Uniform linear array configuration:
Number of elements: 12
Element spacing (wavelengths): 0.75
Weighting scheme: uniform
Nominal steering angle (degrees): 15
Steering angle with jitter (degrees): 16.557
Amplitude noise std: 0.05
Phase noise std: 0.05

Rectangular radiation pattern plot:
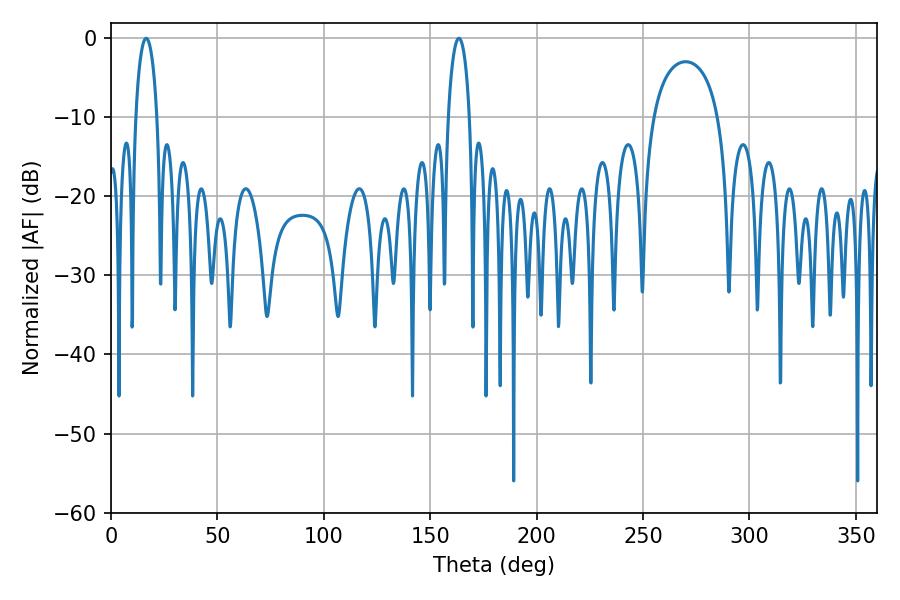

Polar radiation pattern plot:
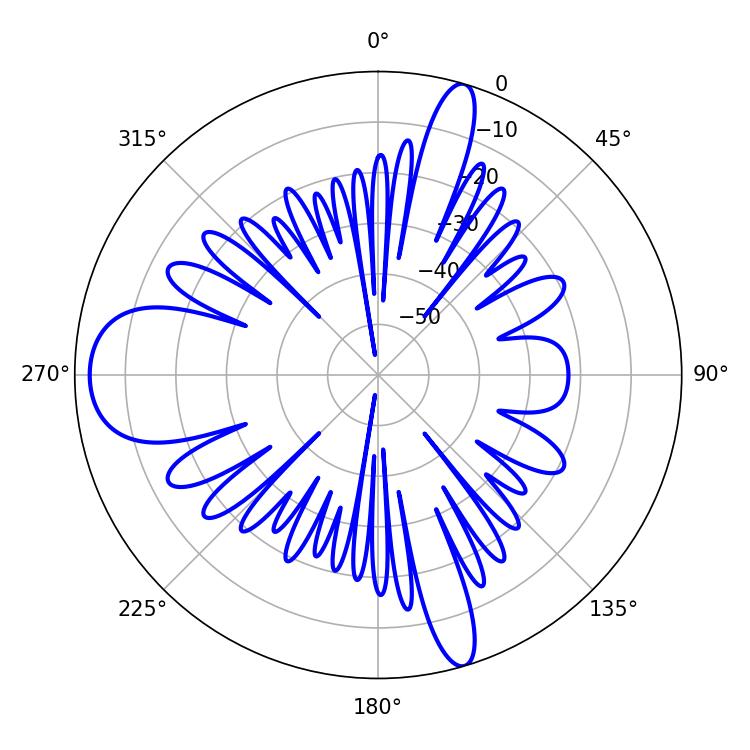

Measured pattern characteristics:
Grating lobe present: TRUE
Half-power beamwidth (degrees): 5.76
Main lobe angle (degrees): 16.56